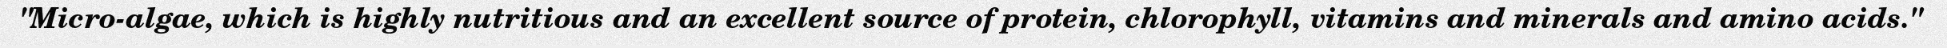
"Micro-algae, which is highly nutritious and an excellent source of protein, chlorophyll, vitamins and minerals and amino acids."